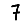
Digit: 7